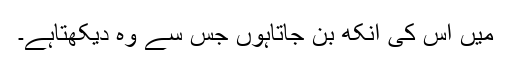
میں اس کی آنکھ بن جاتاہوں جس سے وہ دیکھتاہے۔